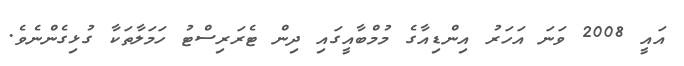
އައީ 2008 ވަނަ އަހަރު އިންޑިއާގެ މުމްބާއީގައި ދިން ޓެރަރިސްޓު ހަމަލާތަކާ ގުޅިގެންނެވެ.